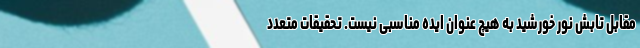
مقابل تابش نور خورشید به هیچ عنوان ایده مناسبی نیست. تحقیقات متعدد